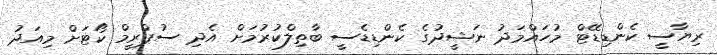
ރިޔާސީ ކެންޑިޑޭޓް މުހައްމަދު ނަޝީދުގެ ކެންޑިޑެސީ ބާތިލްކުރުމަށް އެދި ސުޕްރީމް ކޯޓަށް މިއަދު